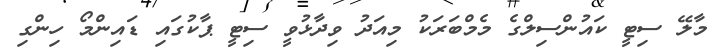
މާލޭ ސިޓީ ކައުންސިލްގެ މެމްބަރަކު މިއަދު ވިދާޅުވީ ސިޓީ ޕާކުގައި ޑައިންމޯ ހިންގި